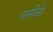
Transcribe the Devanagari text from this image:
वसीले